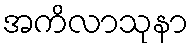
အကိလာသုနာ